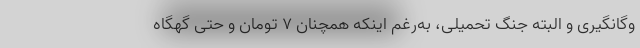
وگانگیری و البته جنگ تحمیلی، به‌رغم اینکه همچنان ۷ تومان و حتی گهگاه